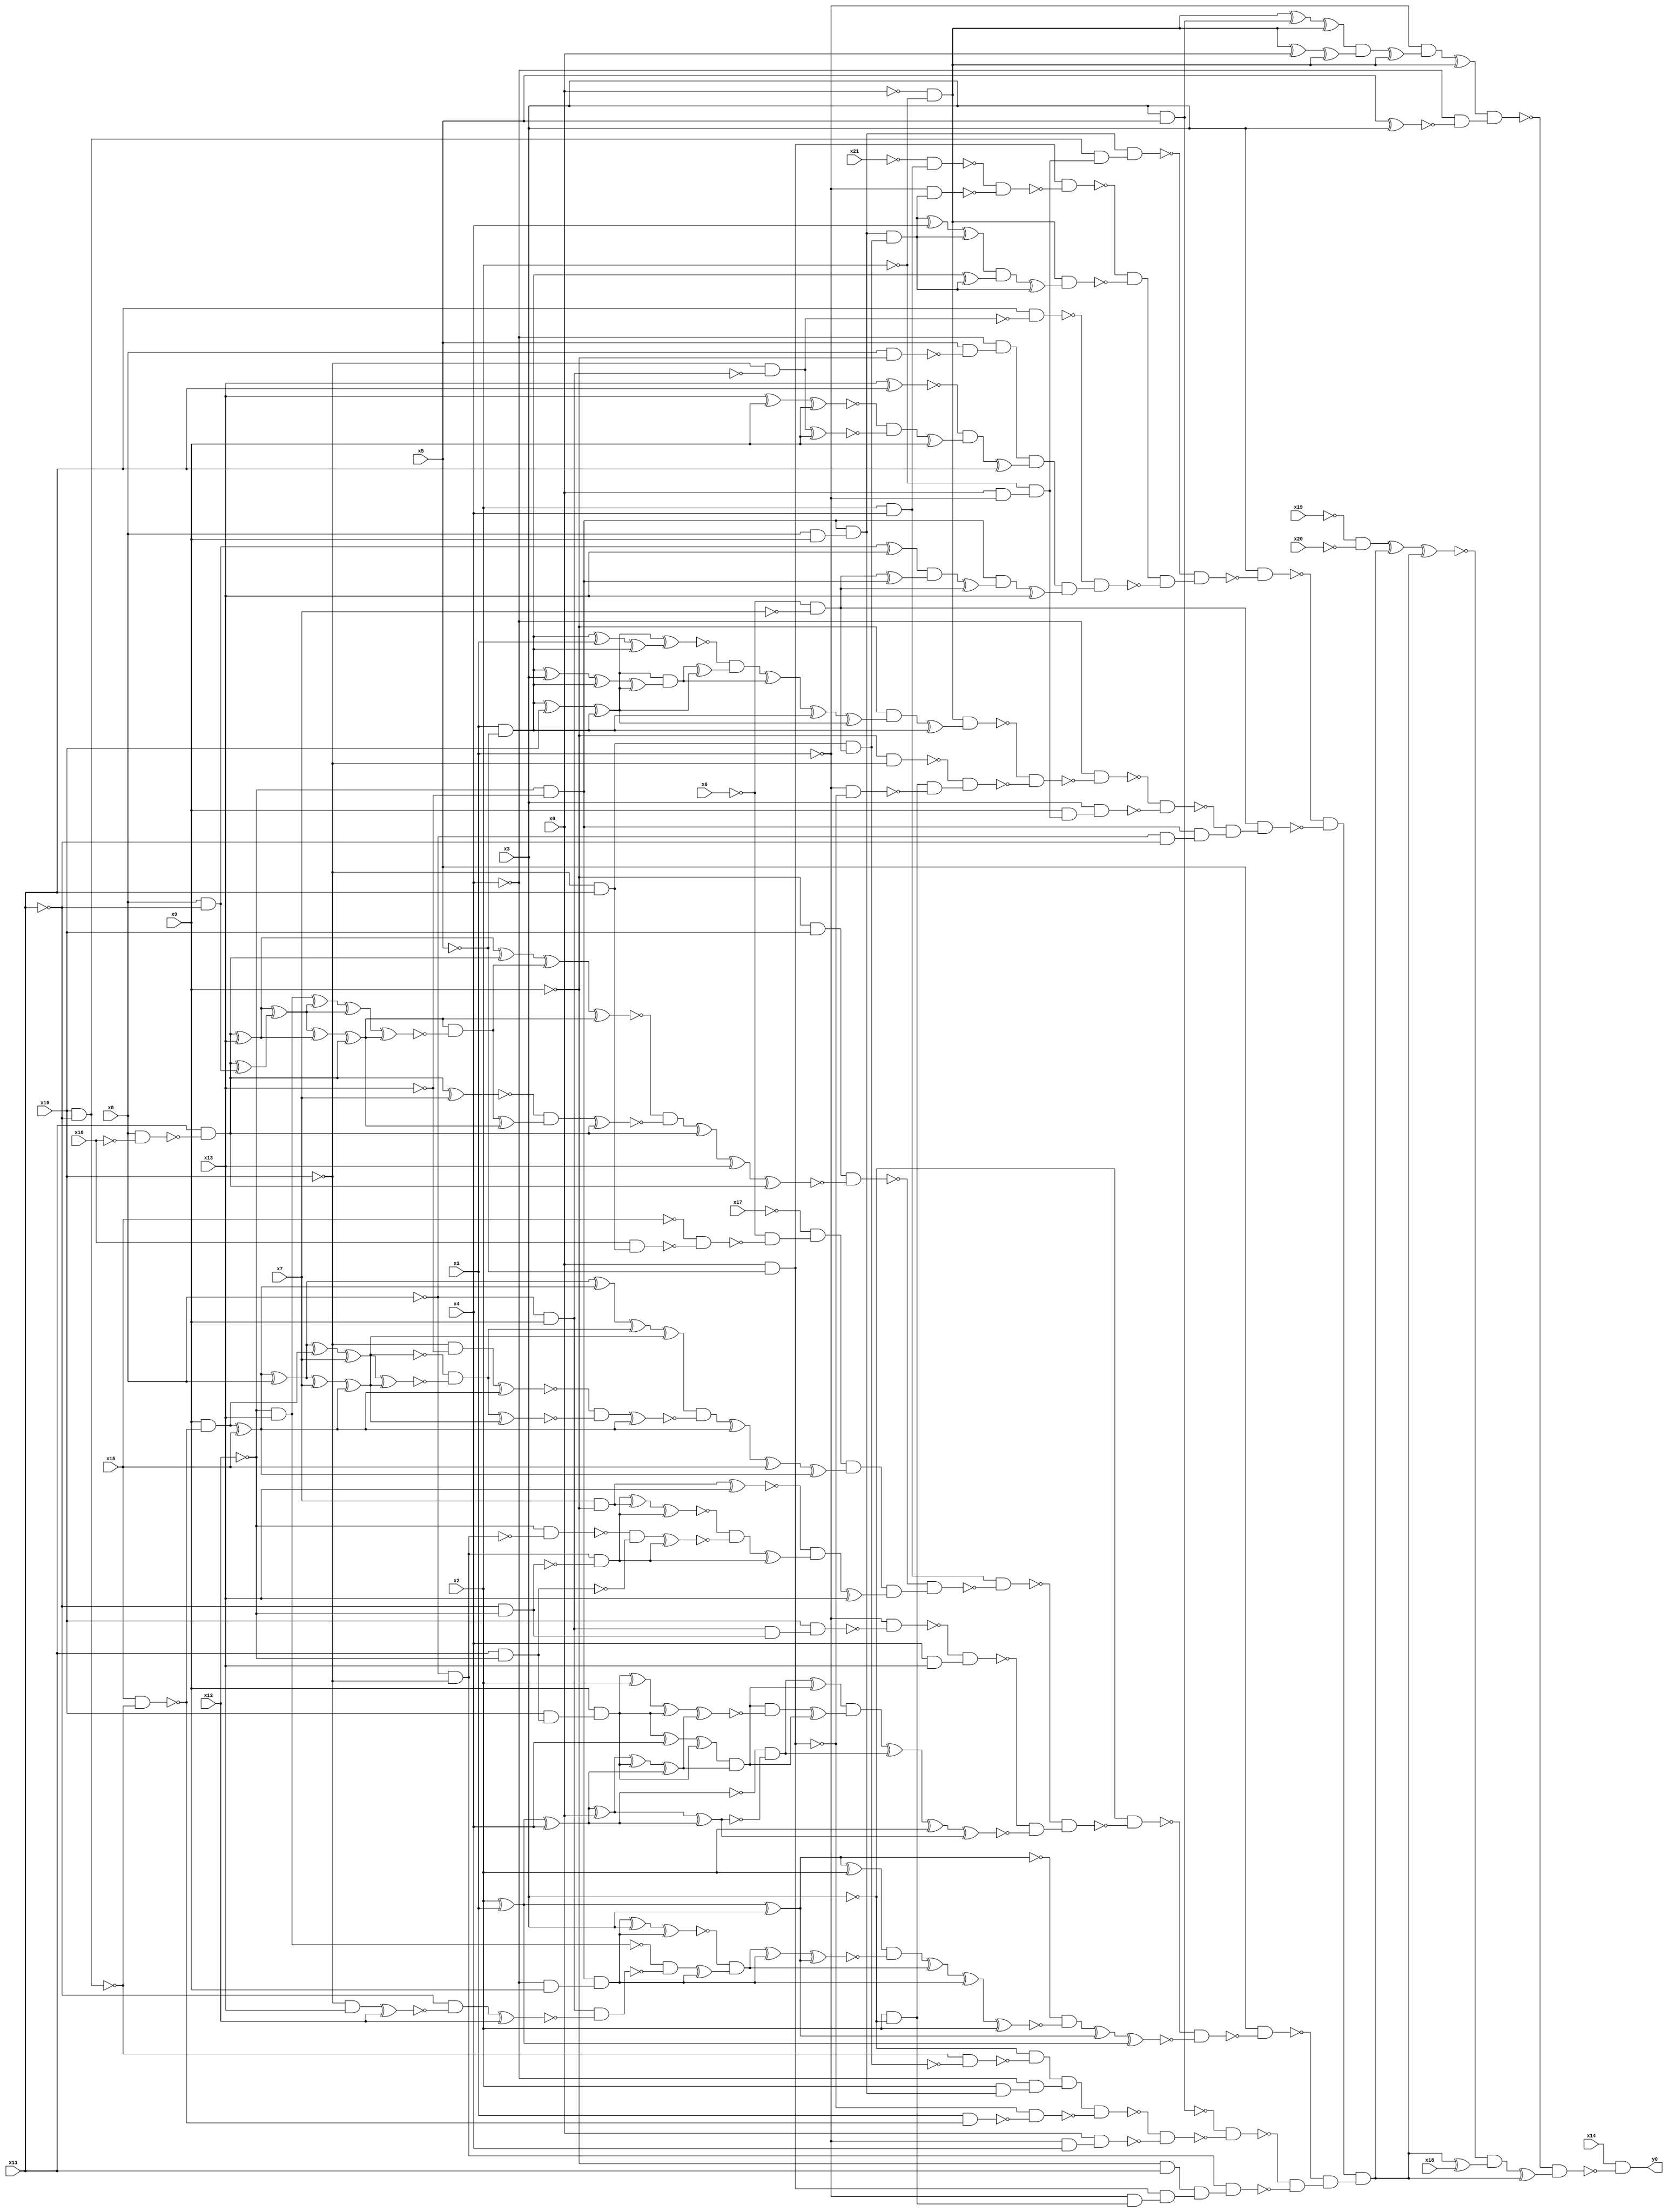
module top( x0 , x1 , x2 , x3 , x4 , x5 , x6 , x7 , x8 , x9 , x10 , x11 , x12 , x13 , x14 , x15 , x16 , x17 , x18 , x19 , x20 , x21 , y0 );
  input x0 , x1 , x2 , x3 , x4 , x5 , x6 , x7 , x8 , x9 , x10 , x11 , x12 , x13 , x14 , x15 , x16 , x17 , x18 , x19 , x20 , x21 ;
  output y0 ;
  wire n23 , n24 , n25 , n26 , n27 , n28 , n29 , n30 , n31 , n32 , n33 , n34 , n35 , n36 , n37 , n38 , n39 , n40 , n41 , n42 , n43 , n44 , n45 , n46 , n47 , n48 , n49 , n50 , n51 , n52 , n53 , n54 , n55 , n56 , n57 , n58 , n59 , n60 , n61 , n62 , n63 , n64 , n65 , n66 , n67 , n68 , n69 , n70 , n71 , n72 , n73 , n74 , n75 , n76 , n77 , n78 , n79 , n80 , n81 , n82 , n83 , n84 , n85 , n86 , n87 , n88 , n89 , n90 , n91 , n92 , n93 , n94 , n95 , n96 , n97 , n98 , n99 , n100 , n101 , n102 , n103 , n104 , n105 , n106 , n107 , n108 , n109 , n110 , n111 , n112 , n113 , n114 , n115 , n116 , n117 , n118 , n119 , n120 , n121 , n122 , n123 , n124 , n125 , n126 , n127 , n128 , n129 , n130 , n131 , n132 , n133 , n134 , n135 , n136 , n137 , n138 , n139 , n140 , n141 , n142 , n143 , n144 , n145 , n146 , n147 , n148 , n149 , n150 , n151 , n152 , n153 , n154 , n155 , n156 , n157 , n158 , n159 , n160 , n161 , n162 , n163 , n164 , n165 , n166 , n167 , n168 , n169 , n170 , n171 , n172 , n173 , n174 , n175 , n176 , n177 , n178 , n179 , n180 , n181 , n182 , n183 , n184 , n185 , n186 , n187 , n188 , n189 , n190 , n191 , n192 , n193 , n194 , n195 , n196 , n197 , n198 , n199 , n200 , n201 , n202 , n203 , n204 , n205 , n206 , n207 , n208 , n209 , n210 , n211 , n212 , n213 , n214 , n215 , n216 , n217 , n218 , n219 , n220 , n221 , n222 , n223 , n224 , n225 , n226 , n227 , n228 , n229 , n230 , n231 , n232 , n233 , n234 , n235 , n236 , n237 , n238 , n239 , n240 , n241 , n242 , n243 , n244 , n245 , n246 , n247 , n248 , n249 , n250 , n251 , n252 , n253 , n254 , n255 , n256 , n257 , n258 , n259 , n260 , n261 , n262 , n263 , n264 , n265 , n266 , n267 , n268 , n269 , n270 , n271 , n272 , n273 ;
  assign n24 = ~x0 & ~x2 ;
  assign n23 = x3 & x5 ;
  assign n25 = n24 ^ n23 ;
  assign n26 = n25 ^ n24 ;
  assign n27 = n24 ^ x0 ;
  assign n28 = n27 ^ n24 ;
  assign n29 = n26 & n28 ;
  assign n30 = n29 ^ n24 ;
  assign n31 = ~x1 & n30 ;
  assign n32 = n31 ^ n24 ;
  assign n33 = x5 ^ x3 ;
  assign n34 = ~x4 & ~n33 ;
  assign n35 = n32 & n34 ;
  assign n266 = ~x19 & ~x20 ;
  assign n36 = ~x12 & ~x13 ;
  assign n37 = x8 & x9 ;
  assign n38 = n36 & n37 ;
  assign n39 = x10 & ~x11 ;
  assign n40 = x0 & ~x1 ;
  assign n41 = ~x2 & n40 ;
  assign n42 = n39 & n41 ;
  assign n43 = n38 & n42 ;
  assign n44 = x0 & ~x5 ;
  assign n45 = x2 & x4 ;
  assign n46 = ~x21 & n45 ;
  assign n47 = ~x10 & x11 ;
  assign n48 = ~x6 & ~x7 ;
  assign n49 = n47 & n48 ;
  assign n50 = n38 & n49 ;
  assign n51 = ~x1 & n50 ;
  assign n52 = ~n46 & ~n51 ;
  assign n53 = n44 & ~n52 ;
  assign n54 = n50 ^ x4 ;
  assign n55 = n54 ^ n50 ;
  assign n56 = x1 & ~x5 ;
  assign n57 = n56 ^ n50 ;
  assign n58 = n55 & n57 ;
  assign n59 = n58 ^ n50 ;
  assign n60 = n24 & n59 ;
  assign n61 = ~n53 & ~n60 ;
  assign n62 = ~x8 & x9 ;
  assign n63 = ~x10 & ~n62 ;
  assign n64 = x11 & ~n63 ;
  assign n65 = x8 & ~x9 ;
  assign n66 = x5 & ~n65 ;
  assign n67 = ~x4 & n66 ;
  assign n68 = x13 ^ x11 ;
  assign n69 = x13 ^ x9 ;
  assign n70 = n69 ^ x9 ;
  assign n71 = n63 ^ x9 ;
  assign n72 = ~n70 & ~n71 ;
  assign n73 = n72 ^ x9 ;
  assign n74 = ~n68 & n73 ;
  assign n75 = n74 ^ x11 ;
  assign n76 = n67 & n75 ;
  assign n77 = x8 & ~x11 ;
  assign n78 = n77 ^ x13 ;
  assign n79 = n48 ^ n36 ;
  assign n80 = n78 & n79 ;
  assign n81 = n80 ^ n48 ;
  assign n82 = n36 & n81 ;
  assign n83 = n82 ^ x13 ;
  assign n84 = n76 & n83 ;
  assign n85 = ~n64 & n84 ;
  assign n86 = n61 & ~n85 ;
  assign n87 = ~n43 & n86 ;
  assign n88 = x3 & ~n87 ;
  assign n91 = n56 ^ x10 ;
  assign n92 = n91 ^ n56 ;
  assign n89 = n56 ^ x1 ;
  assign n90 = n89 ^ n56 ;
  assign n93 = n92 ^ n90 ;
  assign n94 = n56 ^ x3 ;
  assign n95 = n94 ^ n56 ;
  assign n96 = n95 ^ n92 ;
  assign n97 = n92 & n96 ;
  assign n98 = n97 ^ n92 ;
  assign n99 = ~n93 & n98 ;
  assign n100 = n99 ^ n97 ;
  assign n101 = n100 ^ n56 ;
  assign n102 = n101 ^ n92 ;
  assign n103 = ~x9 & n102 ;
  assign n104 = n103 ^ n56 ;
  assign n105 = n24 & n104 ;
  assign n106 = ~x9 & ~x10 ;
  assign n107 = x2 & ~x3 ;
  assign n108 = ~x1 & ~n44 ;
  assign n109 = n107 & ~n108 ;
  assign n110 = ~n106 & n109 ;
  assign n111 = ~n105 & ~n110 ;
  assign n112 = ~x4 & ~n111 ;
  assign n113 = x9 & n41 ;
  assign n114 = x3 & n113 ;
  assign n115 = ~n112 & ~n114 ;
  assign n116 = ~x8 & ~x11 ;
  assign n117 = n36 & n116 ;
  assign n118 = ~n115 & n117 ;
  assign n119 = n48 & n118 ;
  assign n120 = ~n88 & ~n119 ;
  assign n121 = ~x9 & x10 ;
  assign n122 = x8 & ~x16 ;
  assign n123 = x11 & ~n122 ;
  assign n125 = n123 ^ x13 ;
  assign n134 = n125 ^ n123 ;
  assign n124 = n123 ^ n77 ;
  assign n126 = n125 ^ n124 ;
  assign n127 = n126 ^ n125 ;
  assign n128 = n127 ^ n123 ;
  assign n129 = ~x12 & x13 ;
  assign n130 = n129 ^ n126 ;
  assign n131 = n130 ^ n126 ;
  assign n132 = n131 ^ n128 ;
  assign n133 = n128 & ~n132 ;
  assign n135 = n134 ^ n133 ;
  assign n136 = n135 ^ n128 ;
  assign n137 = n123 ^ x7 ;
  assign n138 = n133 ^ n128 ;
  assign n139 = ~n137 & n138 ;
  assign n140 = n139 ^ n123 ;
  assign n141 = ~n136 & ~n140 ;
  assign n142 = n141 ^ n123 ;
  assign n143 = n142 ^ x13 ;
  assign n144 = n143 ^ n123 ;
  assign n145 = n121 & ~n144 ;
  assign n146 = x16 & n47 ;
  assign n147 = ~x15 & ~n146 ;
  assign n148 = ~x6 & ~n147 ;
  assign n149 = ~x17 & n148 ;
  assign n150 = x15 & ~n39 ;
  assign n151 = x9 & ~n150 ;
  assign n152 = n151 ^ x15 ;
  assign n153 = n152 ^ x8 ;
  assign n160 = n153 ^ n152 ;
  assign n154 = n153 ^ x7 ;
  assign n155 = n154 ^ n152 ;
  assign n156 = n153 ^ n151 ;
  assign n157 = n156 ^ x7 ;
  assign n158 = n157 ^ n155 ;
  assign n159 = ~n155 & ~n158 ;
  assign n161 = n160 ^ n159 ;
  assign n162 = n161 ^ n155 ;
  assign n163 = ~x10 & ~x13 ;
  assign n164 = n163 ^ n152 ;
  assign n165 = n159 ^ n155 ;
  assign n166 = ~n164 & ~n165 ;
  assign n167 = n166 ^ n152 ;
  assign n168 = n162 & ~n167 ;
  assign n169 = n168 ^ n152 ;
  assign n170 = n169 ^ x15 ;
  assign n171 = n170 ^ n152 ;
  assign n172 = n149 & n171 ;
  assign n173 = x7 & ~x9 ;
  assign n174 = n173 ^ x13 ;
  assign n175 = ~x8 & ~x10 ;
  assign n176 = ~x11 & ~x12 ;
  assign n177 = n175 & ~n176 ;
  assign n178 = n177 ^ n173 ;
  assign n179 = n178 ^ n177 ;
  assign n180 = ~x12 & ~n175 ;
  assign n181 = x11 & ~x12 ;
  assign n182 = ~n180 & ~n181 ;
  assign n183 = n182 ^ n177 ;
  assign n184 = ~n179 & ~n183 ;
  assign n185 = n184 ^ n177 ;
  assign n186 = ~n174 & n185 ;
  assign n187 = n186 ^ x13 ;
  assign n188 = n172 & n187 ;
  assign n189 = ~n145 & n188 ;
  assign n190 = n45 & ~n189 ;
  assign n191 = n62 & n176 ;
  assign n192 = x10 & n191 ;
  assign n193 = ~x1 & ~n192 ;
  assign n194 = x4 & x13 ;
  assign n195 = ~n193 & n194 ;
  assign n200 = x2 ^ x1 ;
  assign n201 = n200 ^ x4 ;
  assign n202 = n201 ^ x0 ;
  assign n206 = n202 ^ n201 ;
  assign n207 = ~n201 & ~n206 ;
  assign n196 = x10 & n181 ;
  assign n197 = x9 & n196 ;
  assign n198 = n197 ^ x4 ;
  assign n199 = n198 ^ n197 ;
  assign n203 = n202 ^ n197 ;
  assign n204 = n203 ^ n201 ;
  assign n205 = n199 & n204 ;
  assign n208 = n207 ^ n205 ;
  assign n209 = n197 ^ x2 ;
  assign n210 = n209 ^ n197 ;
  assign n211 = n210 ^ n204 ;
  assign n212 = n205 & ~n211 ;
  assign n213 = n212 ^ n205 ;
  assign n214 = n208 & n213 ;
  assign n215 = n214 ^ n207 ;
  assign n216 = n215 ^ x2 ;
  assign n217 = n216 ^ n206 ;
  assign n218 = ~n195 & ~n217 ;
  assign n219 = ~n190 & n218 ;
  assign n220 = ~x3 & ~n219 ;
  assign n221 = n200 ^ x3 ;
  assign n222 = n221 ^ x2 ;
  assign n223 = ~x4 & x9 ;
  assign n224 = n36 & n223 ;
  assign n225 = n224 ^ x3 ;
  assign n226 = n225 ^ n224 ;
  assign n227 = ~x10 & x13 ;
  assign n228 = n227 ^ x12 ;
  assign n229 = ~x11 & ~n228 ;
  assign n230 = n229 ^ x12 ;
  assign n231 = n62 & ~n230 ;
  assign n232 = ~n129 & ~n231 ;
  assign n233 = n232 ^ n224 ;
  assign n234 = ~n226 & n233 ;
  assign n235 = n234 ^ n224 ;
  assign n236 = n235 ^ n221 ;
  assign n237 = n222 & ~n236 ;
  assign n238 = n237 ^ n234 ;
  assign n239 = n238 ^ n224 ;
  assign n240 = n239 ^ x2 ;
  assign n241 = ~n221 & ~n240 ;
  assign n242 = n241 ^ n221 ;
  assign n243 = n242 ^ n200 ;
  assign n244 = ~n220 & ~n243 ;
  assign n245 = x5 & ~n244 ;
  assign n246 = ~n39 & ~n49 ;
  assign n247 = ~x3 & ~n246 ;
  assign n248 = x2 & n38 ;
  assign n249 = ~x4 & n248 ;
  assign n250 = n247 & n249 ;
  assign n251 = x1 & ~n150 ;
  assign n252 = ~n44 & ~n251 ;
  assign n253 = n250 & ~n252 ;
  assign n254 = ~x1 & x4 ;
  assign n255 = x0 & n254 ;
  assign n256 = ~n253 & ~n255 ;
  assign n257 = ~n23 & ~n256 ;
  assign n258 = ~x9 & x11 ;
  assign n259 = ~x1 & n107 ;
  assign n260 = n44 & n259 ;
  assign n261 = n258 & n260 ;
  assign n262 = n175 & n261 ;
  assign n263 = ~n257 & ~n262 ;
  assign n264 = ~n245 & n263 ;
  assign n265 = n120 & n264 ;
  assign n267 = n266 ^ n265 ;
  assign n268 = n267 ^ n265 ;
  assign n269 = n265 ^ x18 ;
  assign n270 = ~n268 & n269 ;
  assign n271 = n270 ^ n265 ;
  assign n272 = ~n35 & n271 ;
  assign n273 = x14 & ~n272 ;
  assign y0 = n273 ;
endmodule